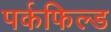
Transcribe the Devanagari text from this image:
पर्कफिल्ड